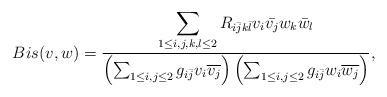
LaTeX: \begin{align*}Bis(v,w)=\displaystyle\frac{\displaystyle \sum_{1\leq i,j,k,l \leq 2}R_{i \bar{j} k \bar{l}}v_i \bar{v_j}w_k \bar{w_l}}{\left(\sum_{1\leq i,j\leq 2}g_{i\bar{j}}v_i\overline{v_j}\right)\left(\sum_{1\leq i,j\leq 2}g_{i\bar{j}}w_i\overline{w_j}\right)},\end{align*}